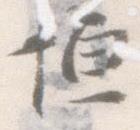
恒